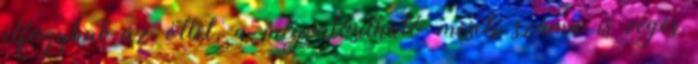
elfogyhat az ötlet, a megvalósítható mesék száma is véges